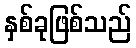
နှစ်ခုဖြစ်သည်